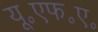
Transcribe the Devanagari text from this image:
यू॰एफ॰ए॰